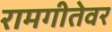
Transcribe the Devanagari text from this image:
रामगीतेवर